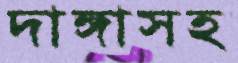
দাঙ্গাসহ